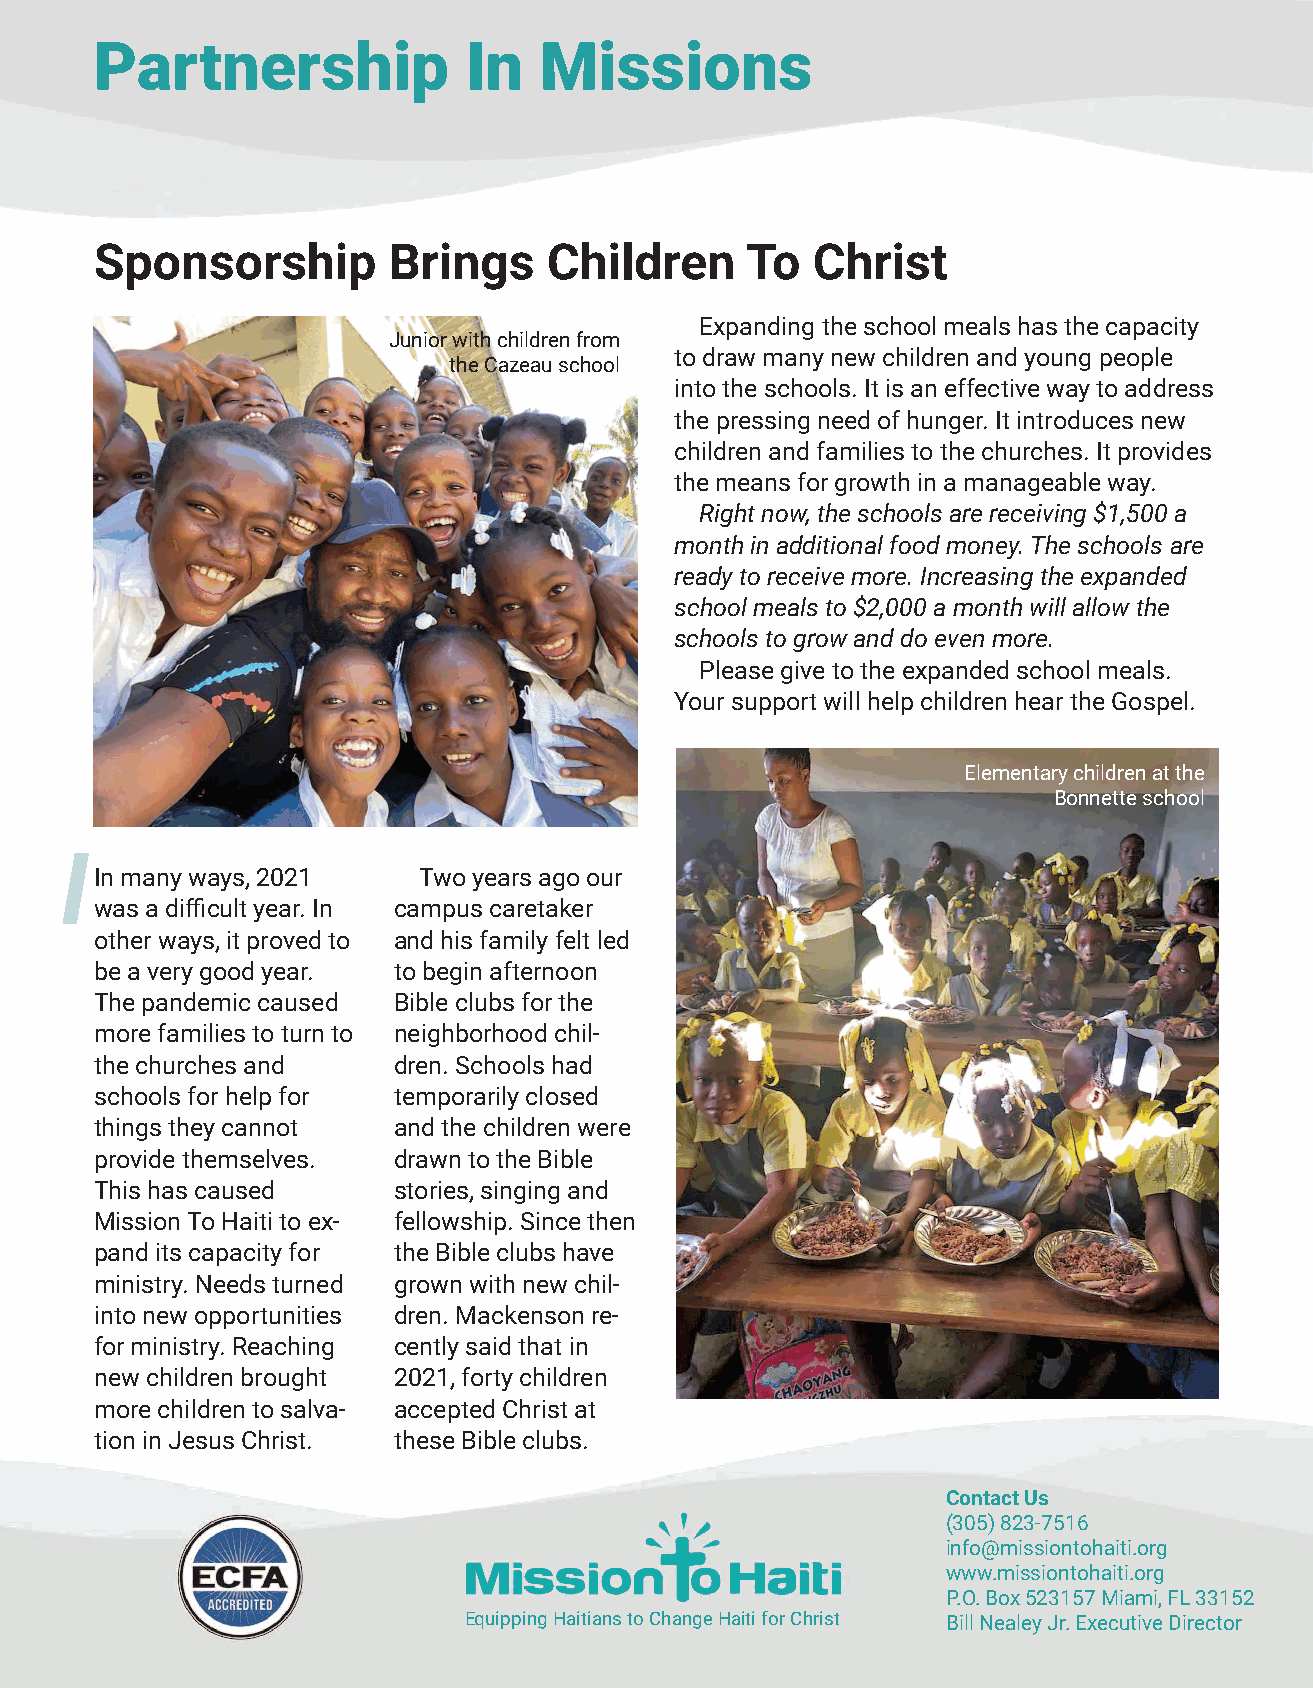
Partnership              In   Missions
 Sponsorship         Brings    Children     To   Christ
 Expanding the school meals has the capacity
 Junior with children from
 to draw many new children and young people
 the Cazeau school
 into the schools. It is an effective way to address
 the pressing need of hunger. It introduces new
 children and families to the churches. It provides
 the means for growth in a manageable way.
 Right now, the schools are receiving $1,500 a
 month in additional food money. The schools are
 ready to receive more. Increasing the expanded
 school meals to $2,000 a month will allow the
 schools to grow and do even more.
 Please give to the expanded school meals.
 Your support will help children hear the Gospel.
 Elementary children at the
 Bonnette school
 I
 In many ways, 2021    Two years ago our
 was a difficult year. In campus caretaker
 other ways, it proved to and his family felt led
 be a very good year. to begin afternoon
 The pandemic caused Bible clubs for the
 more families to turn to neighborhood chil-
 the churches and    dren. Schools had
 schools for help for temporarily closed
 things they cannot  and the children were
 provide themselves. drawn to the Bible
 This has caused     stories, singing and
 Mission To Haiti to ex- fellowship. Since then
 pand its capacity for the Bible clubs have
 ministry. Needs turned grown with new chil-
 into new opportunities dren. Mackenson re-
 for ministry. Reaching cently said that in
 new children brought 2021, forty children
 more children to salva- accepted Christ at
 tion in Jesus Christ. these Bible clubs.
 Contact Us
 (305) 823-7516
 info@missiontohaiti.org
 www.missiontohaiti.org
 P.O. Box 523157 Miami, FL 33152
 Equipping Haitians to Change Haiti for Christ Bill Nealey Jr. Executive Director